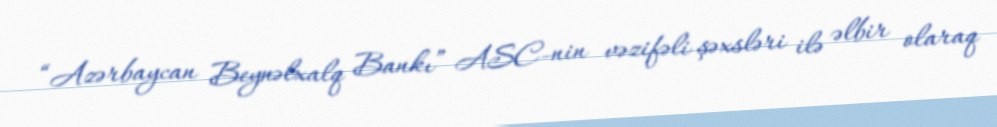
“Azərbaycan Beynəlxalq Bankı” ASC-nin vəzifəli şəxsləri ilə əlbir olaraq